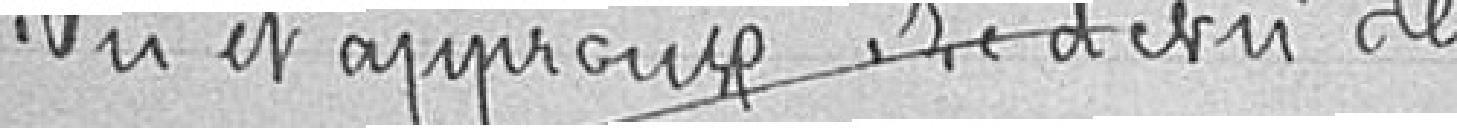
Lu et approuvé. Le devis de